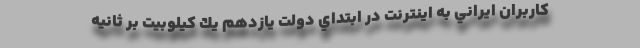
كاربران ايراني به اينترنت در ابتداي دولت يازدهم يك كيلوبيت بر ثانيه